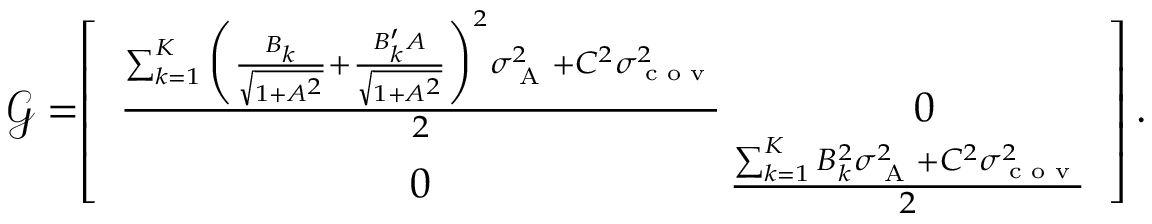
\begin{array} { r } { \mathcal { G } = \! \! \left[ \begin{array} { c c c c } { \frac { { \sum _ { k = 1 } ^ { K } \bigg ( \frac { B _ { k } } { \sqrt { 1 + A ^ { 2 } } } + \frac { B _ { k } ^ { \prime } A } { \sqrt { 1 + A ^ { 2 } } } \bigg ) ^ { 2 } } \sigma _ { \textrm { A } } ^ { 2 } + C ^ { 2 } \sigma _ { \textrm { c o v } } ^ { 2 } } { 2 } } & { \! \! \! 0 \! \! \! } \\ { \! \! \! 0 \! \! \! } & { \! \! \! \! \! \frac { \sum _ { k = 1 } ^ { K } B _ { k } ^ { 2 } \sigma _ { \textrm { A } } ^ { 2 } + C ^ { 2 } \sigma _ { \textrm { c o v } } ^ { 2 } } { 2 } } \end{array} \right] . } \end{array}